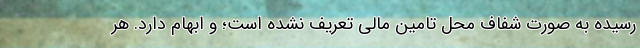
رسیده به صورت شفاف محل تامین مالی تعریف نشده است؛ و ابهام دارد. هر